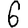
Digit: 6